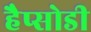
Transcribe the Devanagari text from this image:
हैप्सोडी